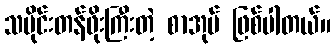
သမိုင်းတန်ဖိုးကြီးတဲ့ စာအုပ် ဖြစ်ပါတယ်။